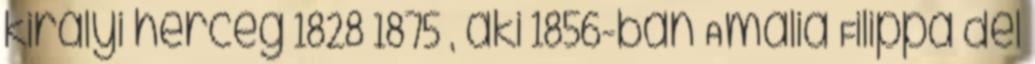
királyi herceg 1828–1875 , aki 1856-ban Amália Filippa del